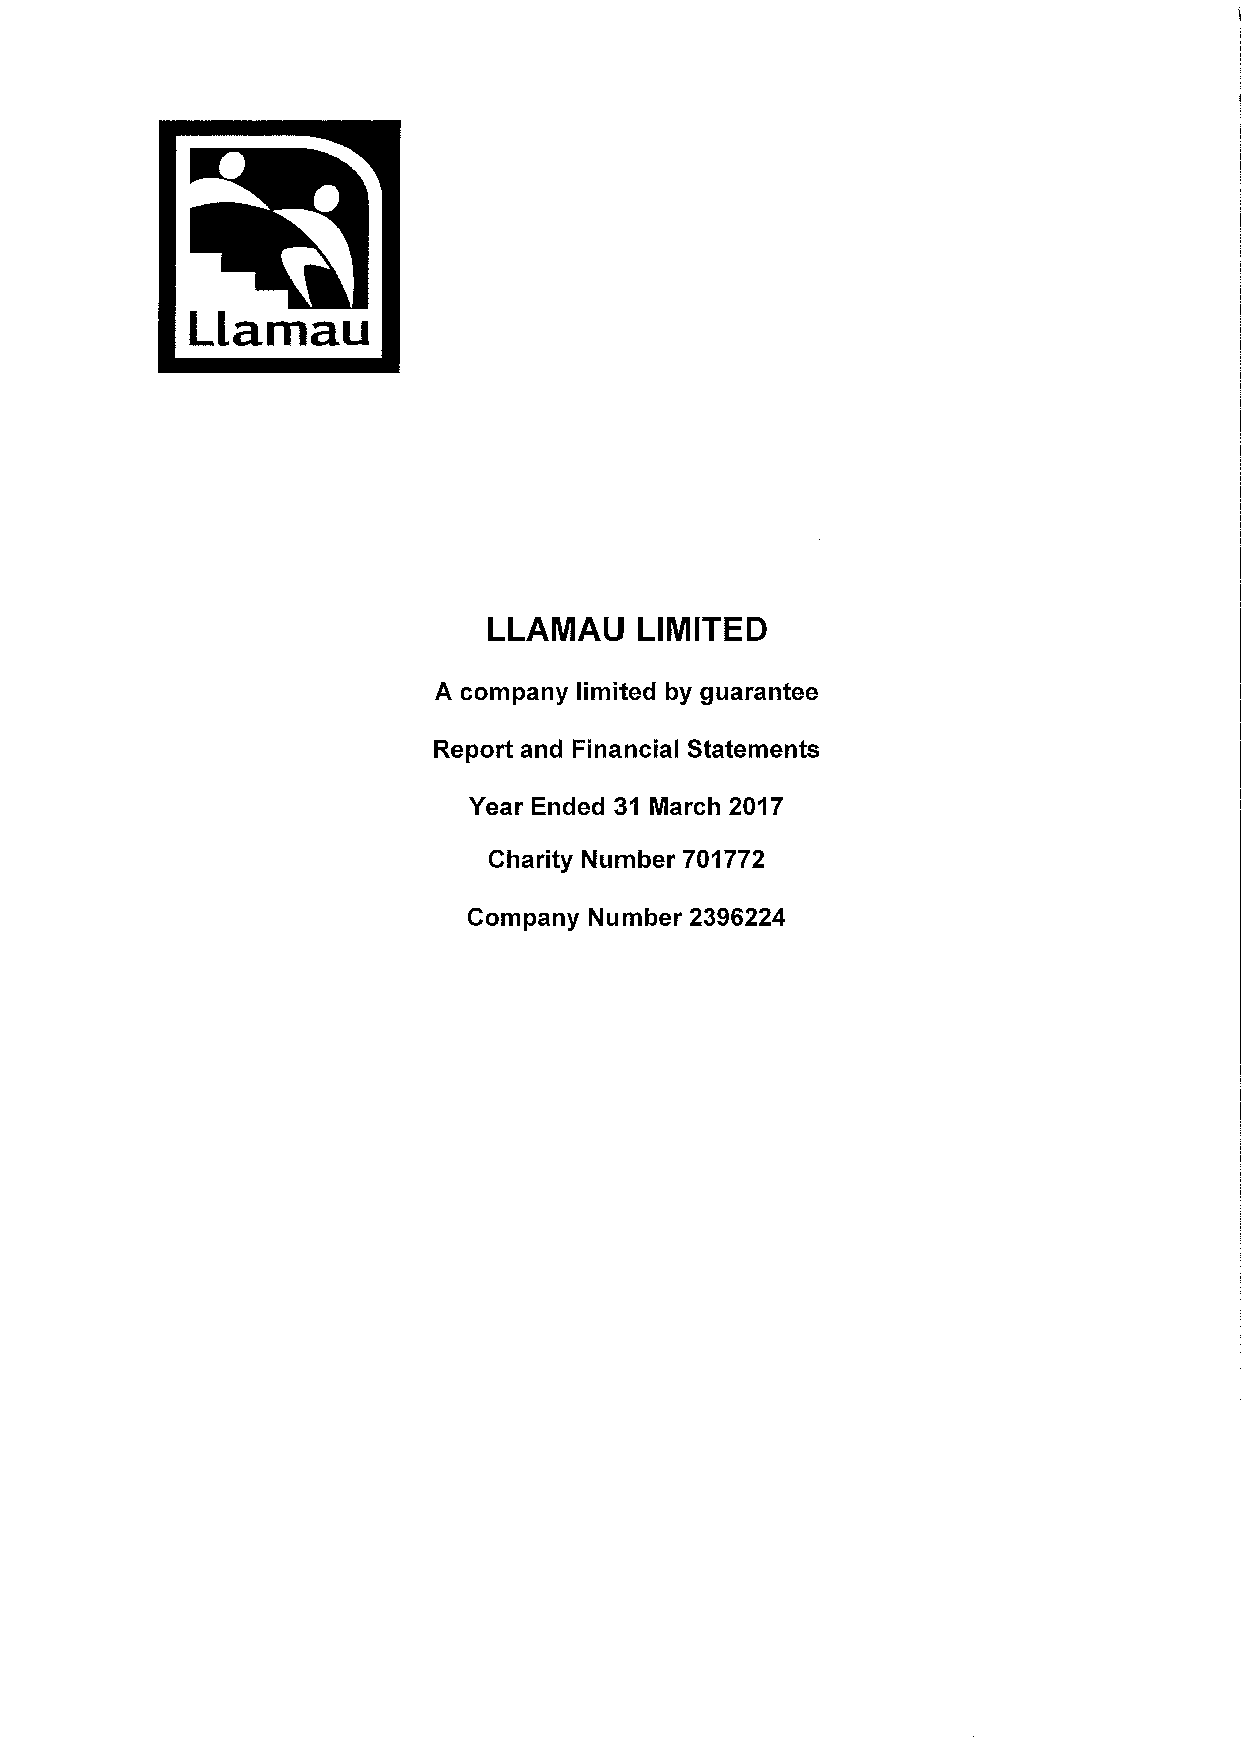
Llamau
 LLAMAU    LIMITED
 A company limited by guarantee
 Report and Financial Statements
 Year Ended 31 March 2017
 Charity Number 701772
 Company Number 2396224